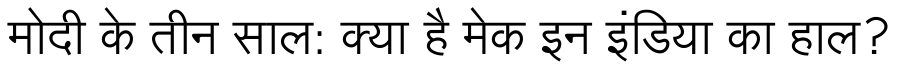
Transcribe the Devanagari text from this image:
मोदी के तीन साल: क्या है मेक इन इंडिया का हाल?